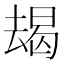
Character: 朅